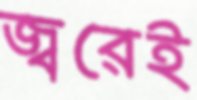
জ্বরেই